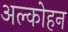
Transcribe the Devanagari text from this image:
अल्कोहन